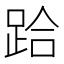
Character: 跲